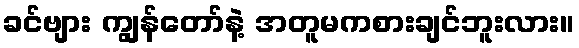
ခင်ဗျား ကျွန်တော်နဲ့ အတူမကစားချင်ဘူးလား။